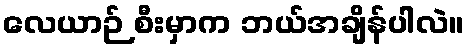
လေယာဉ် စီးမှာက ဘယ်အချိန်ပါလဲ။